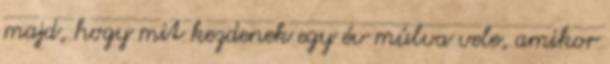
majd, hogy mit kezdenek egy év múlva vele, amikor